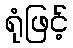
ရုံဖြင့်